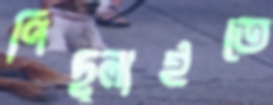
পিছ্‌লাইতে